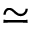
\simeq